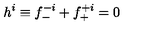
h ^ { i } \equiv f _ { - } ^ { - i } + f _ { + } ^ { + i } = 0